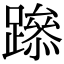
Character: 𨅶